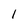
Character: l